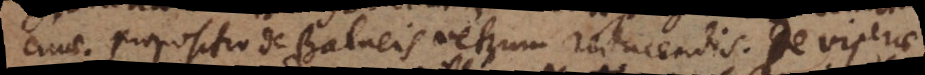
cinae. Propositio de Balneis veterum reducendis. De viperae